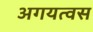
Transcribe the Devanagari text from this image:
अगयत्वस